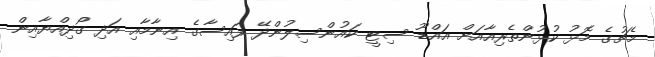
މެޗުގެ މޮޅު ކުޅުންތެރިއާއަށް އައްޑޫ ސިޓީ ކައުންސިލުންދޭ ފައިސާގެ އިނާމާއި އަދި ގޯދިއްޔާއިން